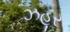
ઝહૂર